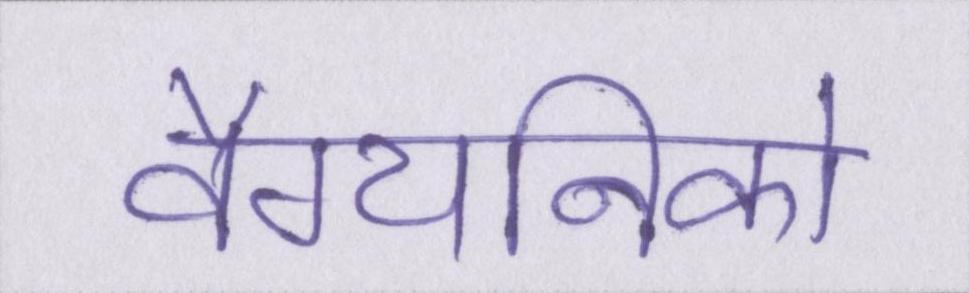
वैग्यनिको